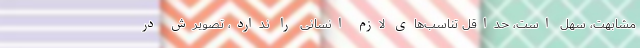
مشابهت، سهل است، حداقل تناسب‌های لازم انسانی را ندارد، تصویرش در